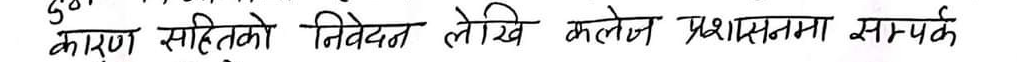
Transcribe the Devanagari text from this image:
कारण सहितको निवेदन लेखि कलेज प्रशासनमा सम्पर्क